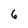
Character: 6